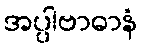
အပ္ပါဗာဓာနံ